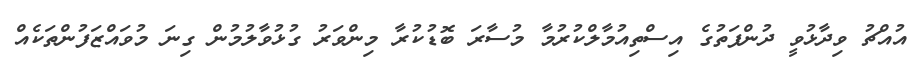
އުއްޗު ވިދާޅުވީ ދުންފަތުގެ އިސްތިއުމާލްކުރުމާ މުސާރަ ބޮޑުކުރާ މިންވަރު ގުޅުވާލުމުން ގިނަ މުވައްޒަފުންތަކެއް